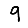
Digit: 9